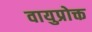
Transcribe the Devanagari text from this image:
वायुप्रोक्त